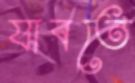
যাবতে